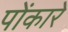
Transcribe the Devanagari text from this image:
पोंकारे